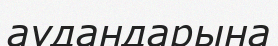
аудандарына